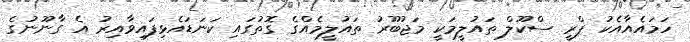
ހަމައެއާއެކު ޕްރީ ސްކޫލް ތައުލީމަކީ މަޖުބޫރު ތައުލީމެއްގެ ގޮތުގައި ކަނަޑައެޅިފައިވާއިރު އެ ގާނޫނުގެ